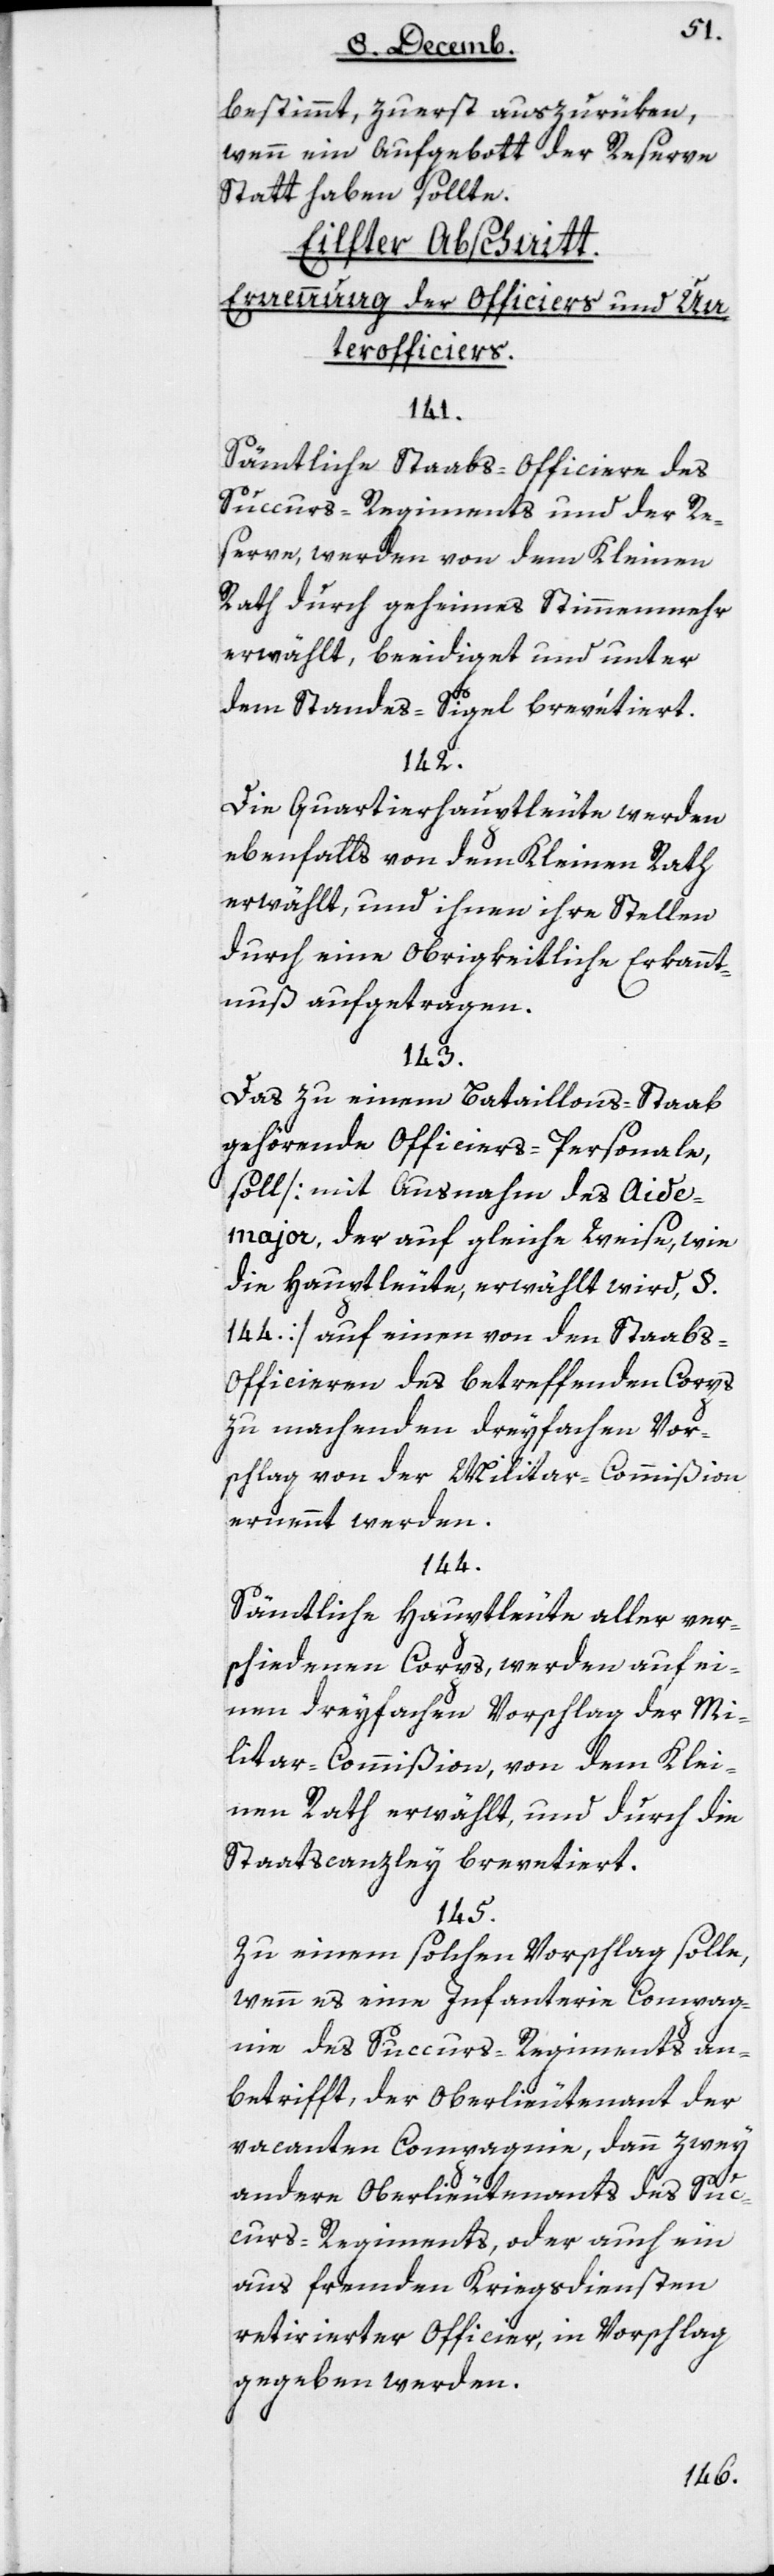
bestimmt, zuerst auszurüken,
wenn ein Aufgebot der Reserve
statthaben sollte.
Eilfter Abschnitt:
Ernennung der Officiers und Un¬
terofficiers.
141.
Sämtliche Staabs-Officiere des
Succurs-Regiments und der Re¬
serve, werden von dem Kleinen
Rath durch geheimes Stimmenmehr
erwählt, beeidiget und unter
dem Standes-Sigel brevetiert.
142.
Die Quartierhauptleute werden
ebenfalls von dem Kleinen Rath
erwählt, und ihnen ihre Stellen
durch eine obrigkeitliche Erkannt¬
nuß aufgetragen.
143.
Das zu einem Bataillons-Staab
gehörende Officiers-Personale
soll [mit Ausnahme des Aide¬
major, der auf gleiche Weise wie
die Hauptleute erwählt wird, §
144] auf einen von den Staabs-O¬
fficieren des betreffenden Corps
zu machenden dreyfachen Vor¬
schlag von der Militarcommißion
ernennt werden.
144.
Sämtliche Hauptleute aller ver¬
schiedenen Corps, werden auf ei¬
nen dreyfachen Vorschlag der Mi¬
litar-Commißion, von dem Klei¬
nen Rath erwählt, und durch die
Staatscanzley brevetiert.
145.
Zu einem solche Vorschlag solle,
wenn es eine Infanterie-Compag¬
nie des Succurs-Regiments an¬
betrifft, der Oberlieutenant der
vacanten Compagnie, dann zwey
andere Oberlieutenants des Suc¬
curs-Regiments, oder auch ein
aus fremden Kriegsdiensten
retirierter Officier, in Vorschlag
gegeben werden.